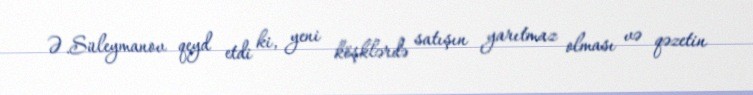
Ə.Süleymanov qeyd etdi ki, yeni köşklərdə satışın yarıtmaz olması və qəzetin